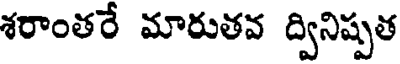
శరాంతరే మారుతవ ద్వినిష్పత